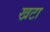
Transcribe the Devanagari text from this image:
खटा